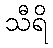
သီရိ